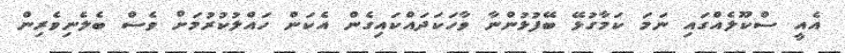
އެއީ ސްކޫލެއްގައި ނަމަ ކަމާގުޅޭ ބޭފުޅުންނާ ވާހަކަދައްކައިގެން އެކަން ހައްލުކުރުމަށް ވެސް ބެލެނިވެރިން